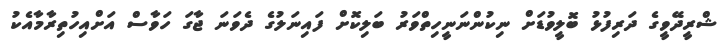
ޝްރީދޭވީގެ ދަރިފުޅު ބޮލީވުޑަށް ނިކުންނަނީހިތްވަރު ބަލިކޮށް ފައިނަލުގެ ދެވަނަ ޖާގަ ހަވާސް އަށްއިހުތިރާމާއެކު